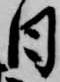
日